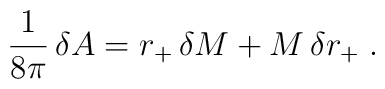
{1\over8\pi}\,\delta A=r_+\,\delta M+M\,\delta r_+\;.